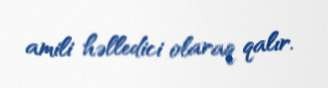
amili həlledici olaraq qalır.